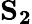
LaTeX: \mathbf{S_{2}}